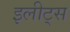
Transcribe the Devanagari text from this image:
इलीट्स